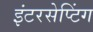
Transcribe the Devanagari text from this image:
इंटरसेप्टिंग